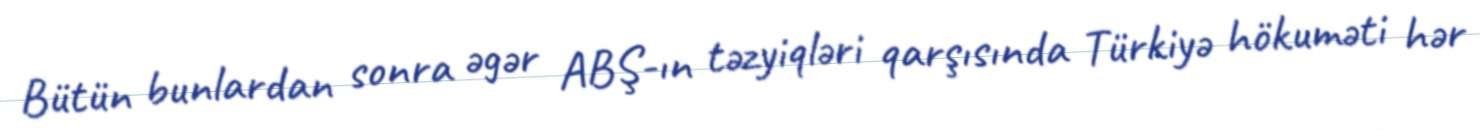
Bütün bunlardan sonra əgər ABŞ-ın təzyiqləri qarşısında Türkiyə hökuməti hər